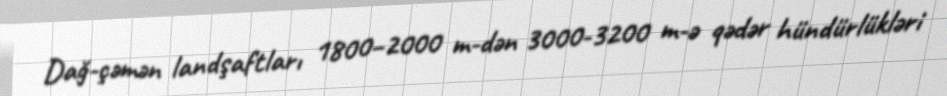
Dağ-çəmən landşaftları 1800–2000 m-dən 3000-3200 m-ə qədər hündürlükləri